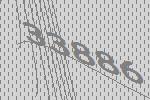
33886